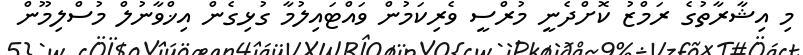
މި އިޝާރާތުގެ ރަމްޒު ކޮށްދެނީ މުރްސީ ވެރިކަމުން ވައްޓައިލުމާ ގުޅިގެން އިޚްވާނުލް މުސްލިމޫން